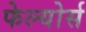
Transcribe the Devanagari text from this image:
फेल्योर्स